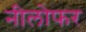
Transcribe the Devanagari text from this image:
नीलोफर